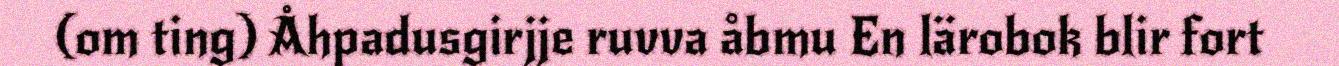
(om ting) Åhpadusgirjje ruvva åbmu En lärobok blir fort